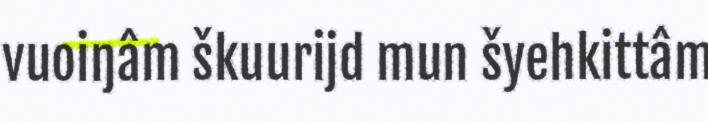
vuoiŋâm škuurijd mun šyehkittâm